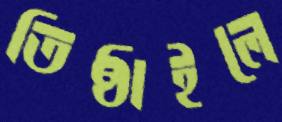
তিষ্ঠাইলে